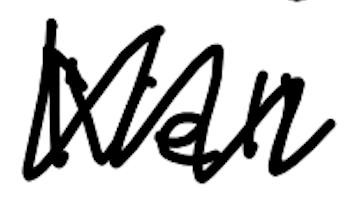
Text: Nell
Cross-out: zig-zag
Writing tool: digital_black